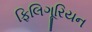
ફિલિગૂરિયન